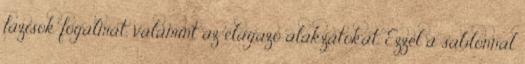
fázisok fogalmát, valamint az elágazó alakzatokat. Ezzel a sablonnal